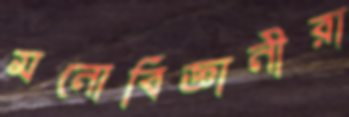
মনোবিজ্ঞানীরা